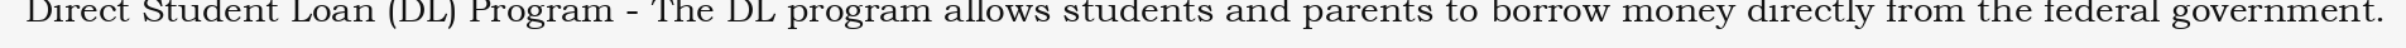
Direct Student Loan (DL) Program - The DL program allows students and parents to borrow money directly from the federal government.